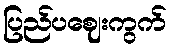
ပြည်ပဈေးကွက်